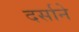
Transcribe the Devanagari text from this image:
दर्साने